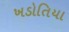
ખડોતિયા